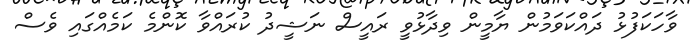
ވާހަކަފުޅު ދައްކަވަމުން ޔާމީން ވިދާޅުވީ ރައީސް ނަޝީދު ކުރައްވާ ކޮންމެ ކަމެއްގައި ވެސް